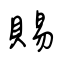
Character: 賜